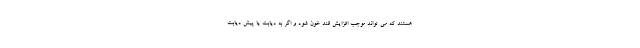
هستند که می تواند موجب افزایش قند خون شود و اگر به دیابت یا پیش دیابت